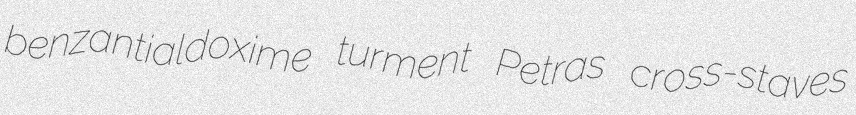
benzantialdoxime turment Petras cross-staves